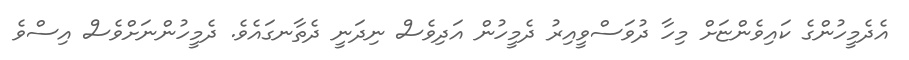
އެދެމީހުންގެ ކައިވެންޏަށް މިހާ ދުވަސްވީއިރު ދެމީހުން އަދިވެސް ނިދަނީ ދެތާނގައެވެ. ދެމީހުންނަށްވެސް އިސްވެ